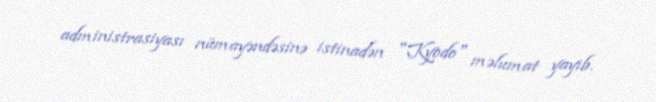
administrasiyası nümayəndəsinə istinadən "Kyodo" məlumat yayıb.